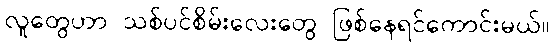
လူတွေဟာ သစ်ပင်စိမ်းလေးတွေ ဖြစ်နေရင်ကောင်းမယ်။